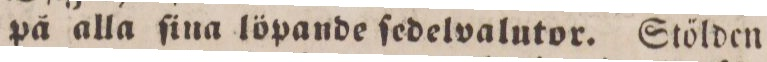
på alla ſina löpande ſedelvalutor. Stölden